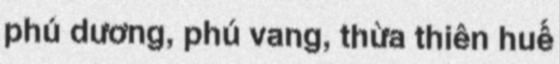
phú dương, phú vang, thừa thiên huế